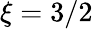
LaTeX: \xi=3/2